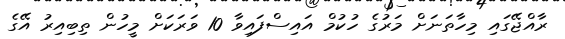
ރާއްޖޭގައި މިހާތަނަށް މަރުގެ ހުކުމް އައިސްފައިވާ 10 ވަރަކަށް މީހުން ތިބިއިރު އޭގެ